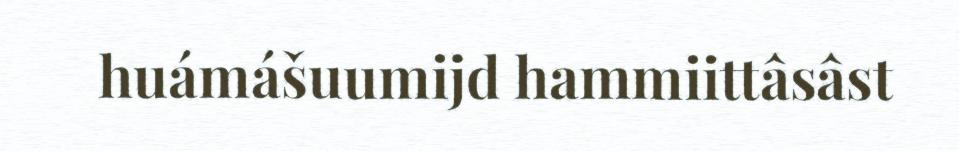
huámášuumijd hammiittâsâst